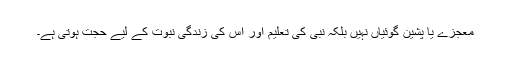
معجزے یا پشین گوئیاں نہیں بلکہ نبی کی تعلیم اور اس کی زندگی نبوت کے لیے حجت ہوتی ہے۔